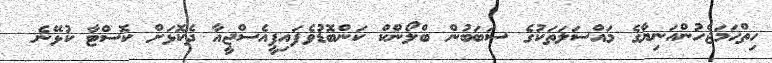
ހިތްހަމަޖެހުންއަނިޔާގެ މައްސަލަތަކުގެ ސަބަބުން ބްލޯންކް ކަންބޮޑުވެފައިޕީއެސްޖީއާ ދެކޮޅަށް ކޮސްޓާ ކުޅޭނެ